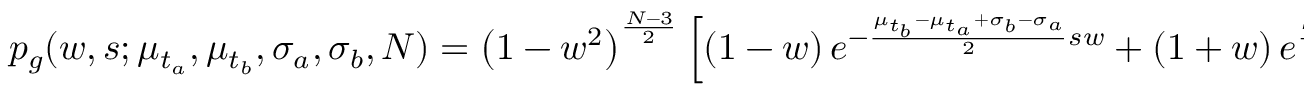
p _ { g } ( w , s ; \mu _ { t _ { a } } , \mu _ { t _ { b } } , \sigma _ { a } , \sigma _ { b } , N ) = \left( 1 - w ^ { 2 } \right) ^ { \frac { N - 3 } { 2 } } \left[ \left( 1 - w \right) e ^ { - \frac { \mu _ { t _ { b } } - \mu _ { t _ { a } } + \sigma _ { b } - \sigma _ { a } } { 2 } s w } + \left( 1 + w \right) e ^ { \frac { \mu _ { t _ { b } } - \mu _ { t _ { a } } + \sigma _ { b } - \sigma _ { a } } { 2 } s w } \right] ,